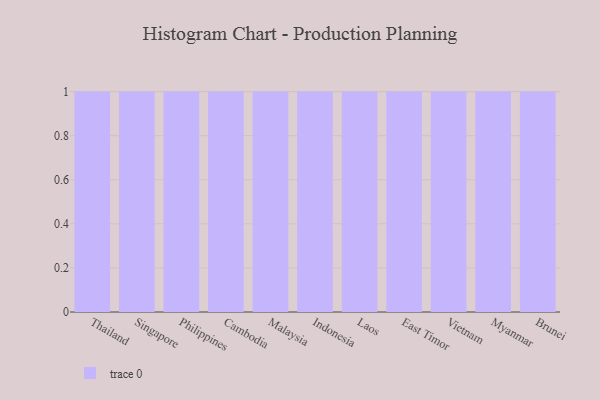
{"axis": {"x": "Country", "y": "Tickets Resolved"}, "legend": [""], "data": [{"x": "Thailand", "y": 32, "type": ""}, {"x": "Singapore", "y": 21, "type": ""}, {"x": "Philippines", "y": 52, "type": ""}, {"x": "Cambodia", "y": 38, "type": ""}, {"x": "Malaysia", "y": 63, "type": ""}, {"x": "Indonesia", "y": 63, "type": ""}, {"x": "Laos", "y": 62, "type": ""}, {"x": "East Timor", "y": 63, "type": ""}, {"x": "Vietnam", "y": 97, "type": ""}, {"x": "Myanmar", "y": 42, "type": ""}, {"x": "Brunei", "y": 40, "type": ""}]}